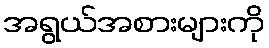
အရွယ်အစားများကို